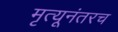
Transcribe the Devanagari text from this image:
मृत्यूनंतरच